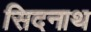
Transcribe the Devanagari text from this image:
सिदनाथ